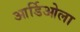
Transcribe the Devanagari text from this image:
आर्डिओला